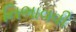
નિભાવવી